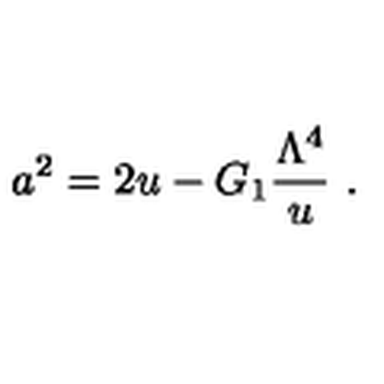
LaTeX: a ^ { 2 } = 2 u - G _ { 1 } { \frac { \Lambda ^ { 4 } } { u } } \ .